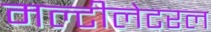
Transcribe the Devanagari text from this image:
मल्टीलेटरल